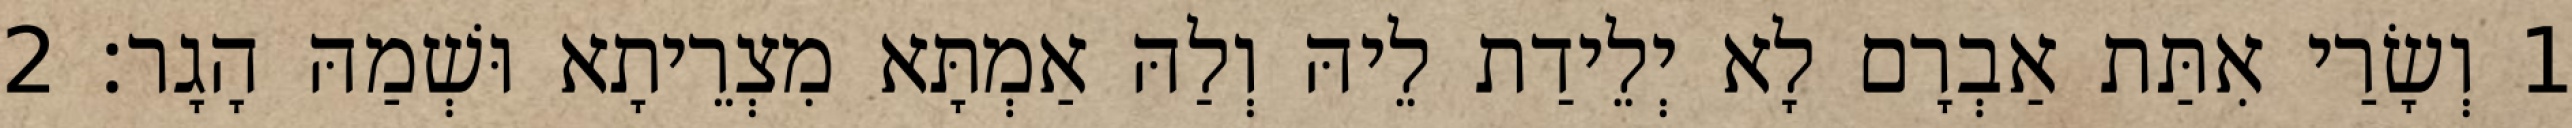
1 וְשָׂרַי אִתַּת אַבְרָם לָא יְלֵידַת לֵיהּ וְלַהּ אַמְתָּא מִצְרֵיתָא וּשְׁמַהּ הָגָר׃ 2